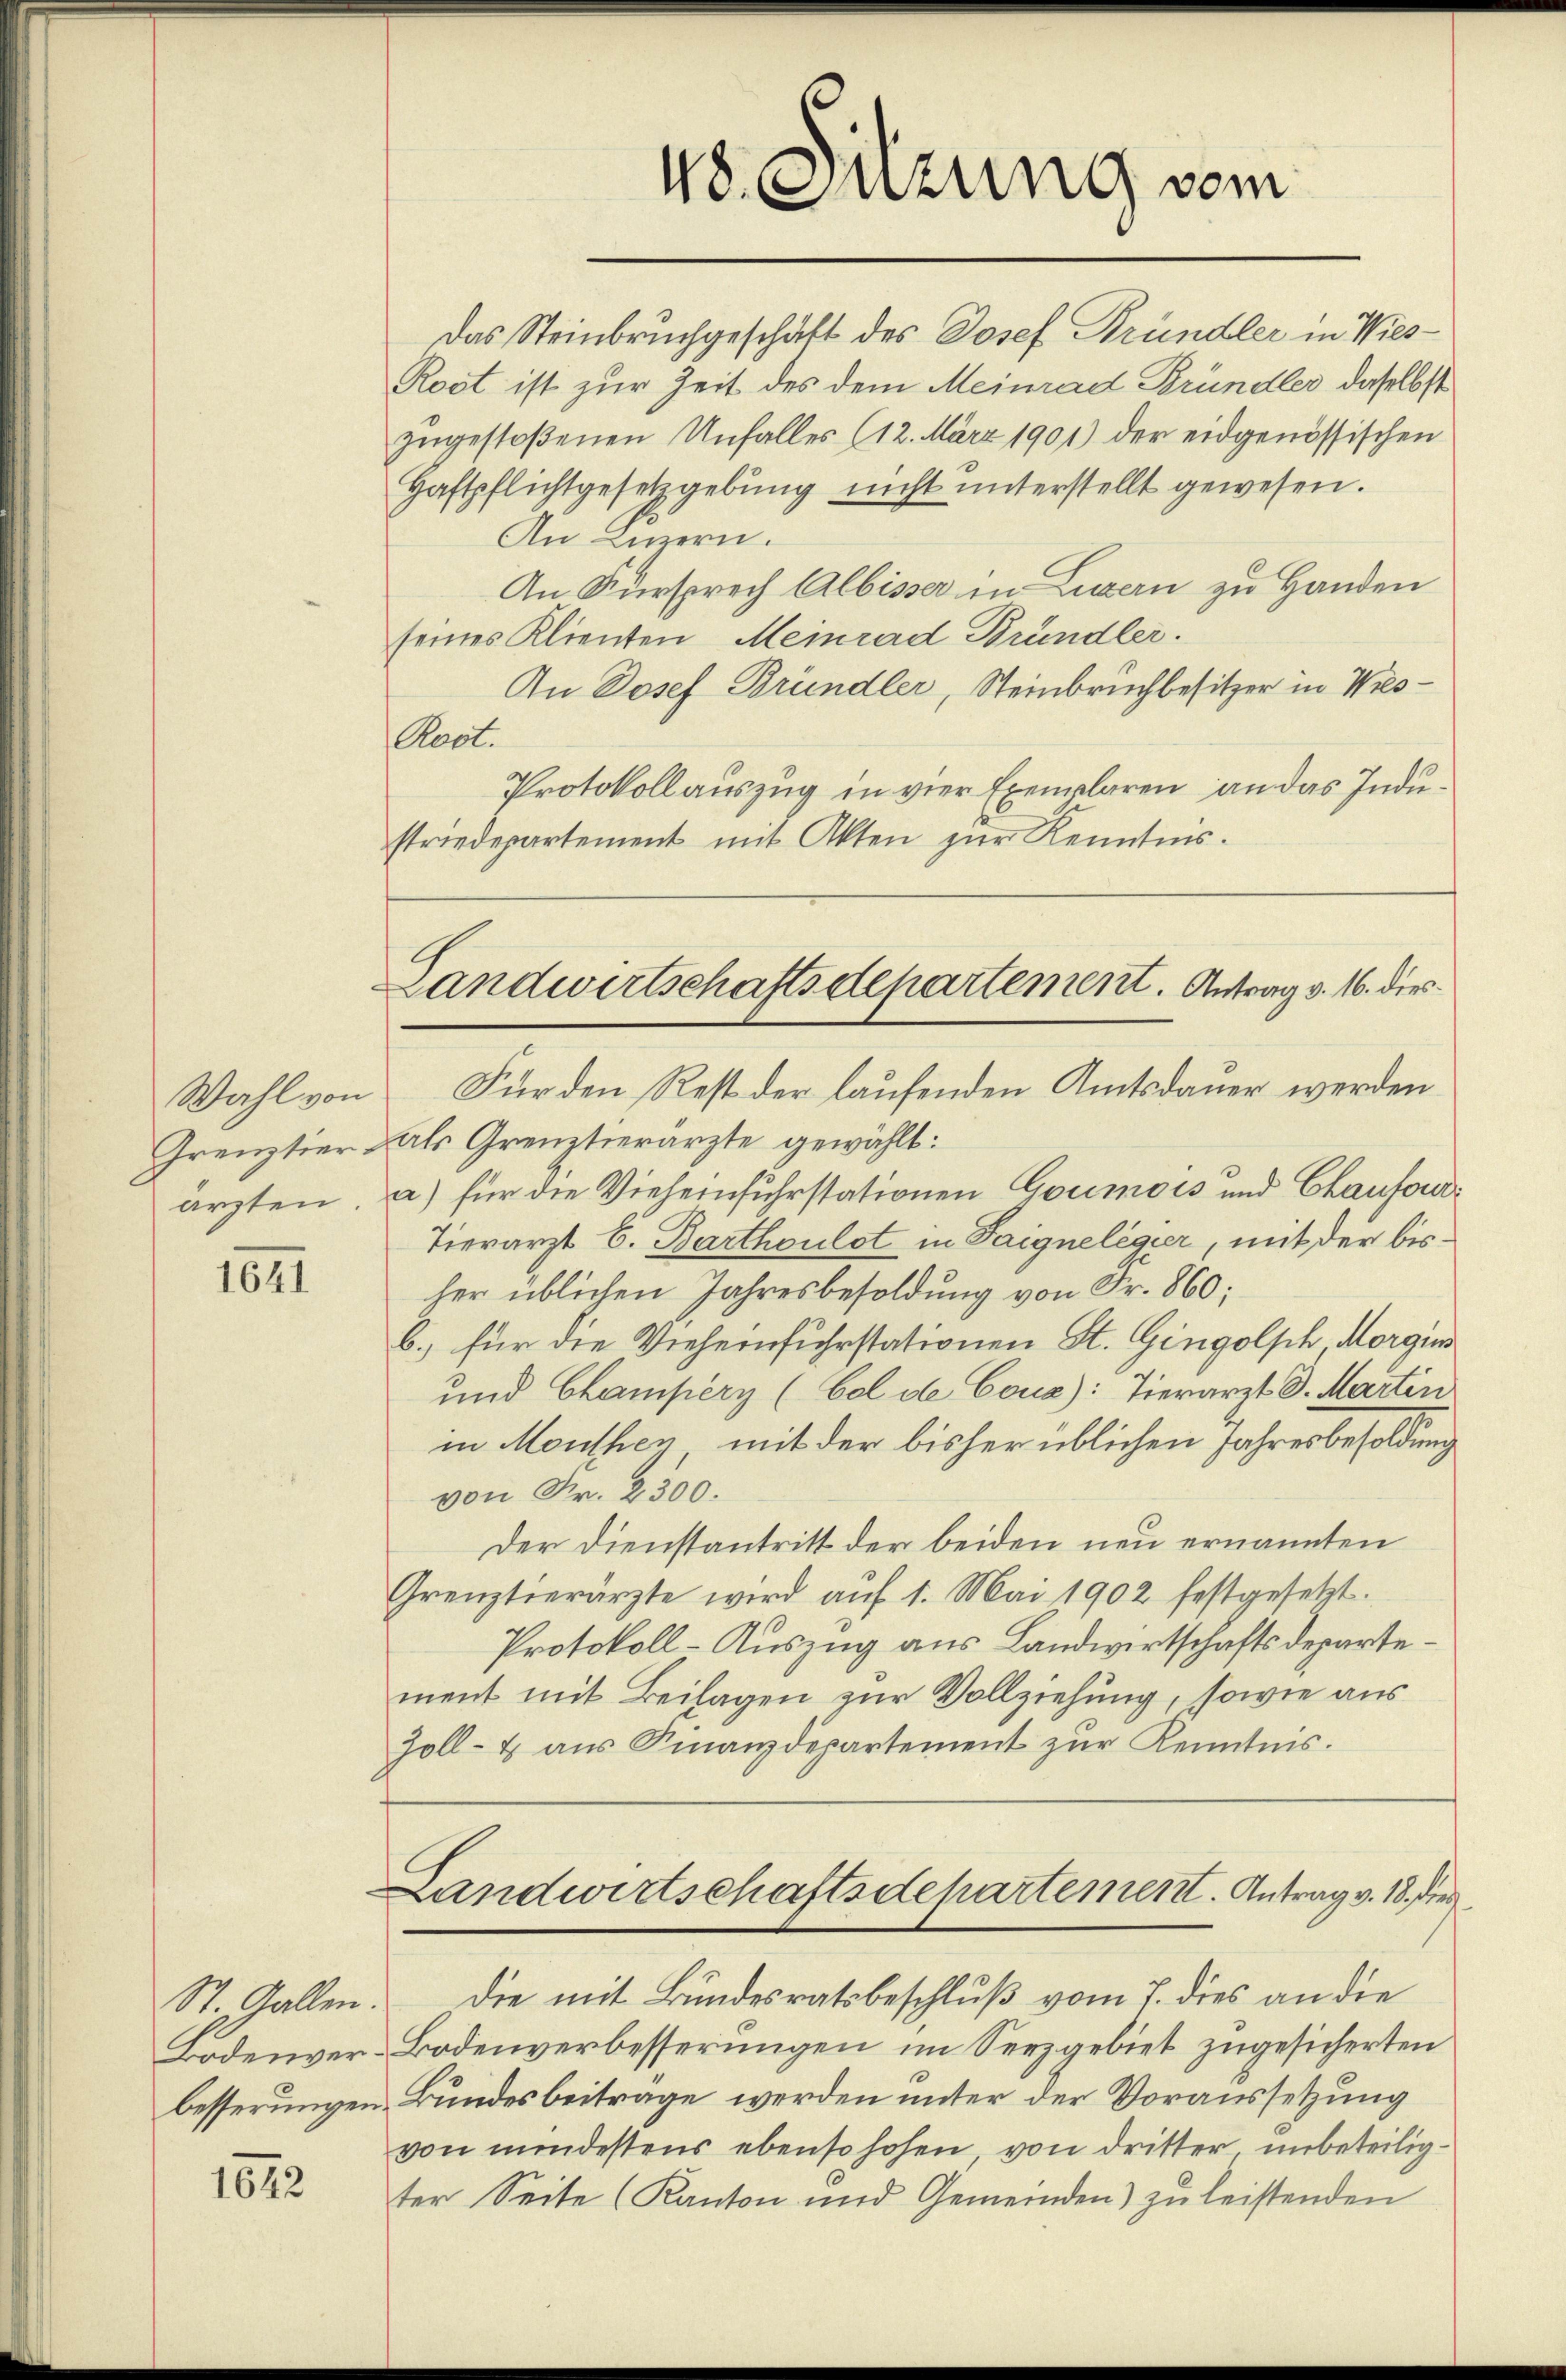
arzten.

1641

St. Gallen.
besserungen.

1642

Das Steinbruchgeschäft des Josef Bründler in Wies¬
Rost ist zur Zeit des dem Meinrad Bründler, daselbst
zugestoßenen Unfalles (12. März 1901) der eidgenössischen
Haftpflichtgesetzgebung nicht unterstellt gewesen.
An Luzern.
An Fürsprech Albisser in Luzern zu Handen
seines Klienten Meinrad Bründler.
In Josef Bründler, Steinbruchbesitzer in Wies¬
Aast.
Protokollauszug in vier Exemplaren an das Industriedepartement mit Akten zur Kenntnis.

48. Sitzung vom

Grenztier als Grenztierärzte gewählt:
a) für die Vieheinfuhrstationen Goumois und Chaufond
Tierarzt 6. Darthoulot in Saignelegier, mit der bisher üblichen Jahresbesoldung von Fr. 860;
b.) für die Vieheinfuhrstationen St. Gingolsch Morgin
und Champery (Col de Cous): Tierarzt D. Martin
in Monthen, mit der bisher üblichen Jahresbesoldung
von Fr. 2300.
Der Dienstantritt der beiden neu ernannten
Grenztierärzte wird aŭf 1. Mai 1902 festgesetzt.
Protokoll-Auszug aus Landwirtschaftsdepartement mit Beilagen zur Vollziehung, sowie aus
Zoll- u aŭs Finanzdepartement zŭr Kenntnis.

Landwirtschaftsdepartement. Antrag v. 16. die
Wahl von Für den Rest der laufenden Amtsdauer werden

Landwirtschaftsdepartement. Antrag v. 18. dies

Bodenver-Bodenverbesserungen im Seezgebiet zugesicherten
Bundesbeitrage werden unter der Voraussetzung
von mindestens ebenso hohen, von dritter unbeteiligter Seite (Kanton und Gemeinden) zu leistenden

Die mit Bundesratsbeschluß vom 7. dies an die